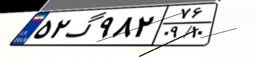
۵۲گ۹۸۲۷۶